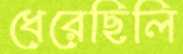
ধেরেছিলি